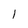
Character: 1